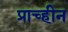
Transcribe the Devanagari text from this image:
प्राच्हीन